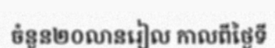
ចំនួន២០លានរៀល កាលពីថ្ងៃទី